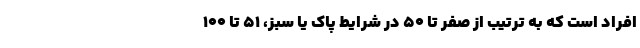
افراد است که به ترتیب از صفر تا ۵۰ در شرایط پاک یا سبز، ۵۱ تا ۱۰۰